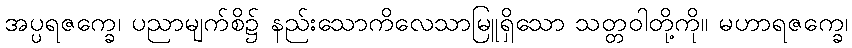
အပ္ပရဇက္ခေ၊ ပညာမျက်စိ၌ နည်းသောကိလေသာမြူရှိသော သတ္တဝါတို့ကို။ မဟာရဇက္ခေ၊